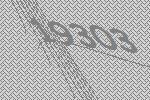
19303